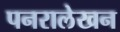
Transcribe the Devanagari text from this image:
पनरालेखन